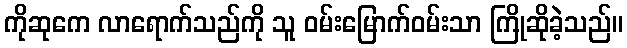
ကိုဆုကေ လာရောက်သည်ကို သူ ဝမ်းမြောက်ဝမ်းသာ ကြိုဆိုခဲ့သည်။